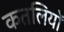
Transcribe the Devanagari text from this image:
कतलियों